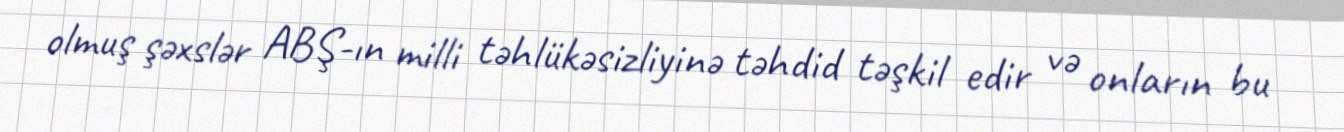
olmuş şəxslər ABŞ-ın milli təhlükəsizliyinə təhdid təşkil edir və onların bu